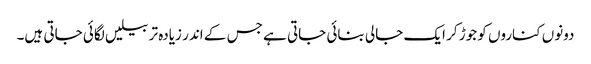
دونوں کناروں کو جوڑ کر ایک جالی بنائی جاتی ہے جس کے اندر زیادہ تر بیلیں لگائی جاتی ہیں۔